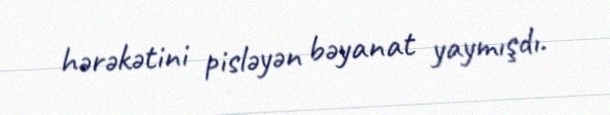
hərəkətini pisləyən bəyanat yaymışdı.